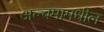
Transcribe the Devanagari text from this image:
अल्बमामधील